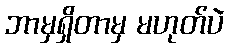
ဘာမှရှိတာမှ မဟုတ်ပဲ